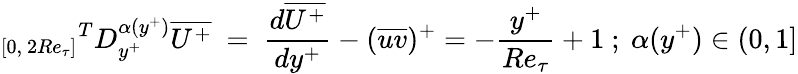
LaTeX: {_{[0,~2Re_{\tau}]}}^{T}D_{y^{+}}^{\alpha(y^{+})}\overline{{U^{+}}}~=~\frac{d\overline{{U^{+}}}}{dy^{+}}-(\overline{{uv}})^{+}=-{\frac{y^{+}}{Re_{\tau}}}+1~;~\alpha(y^{+})\in(0,1]